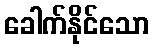
ခေါက်နိုင်သော